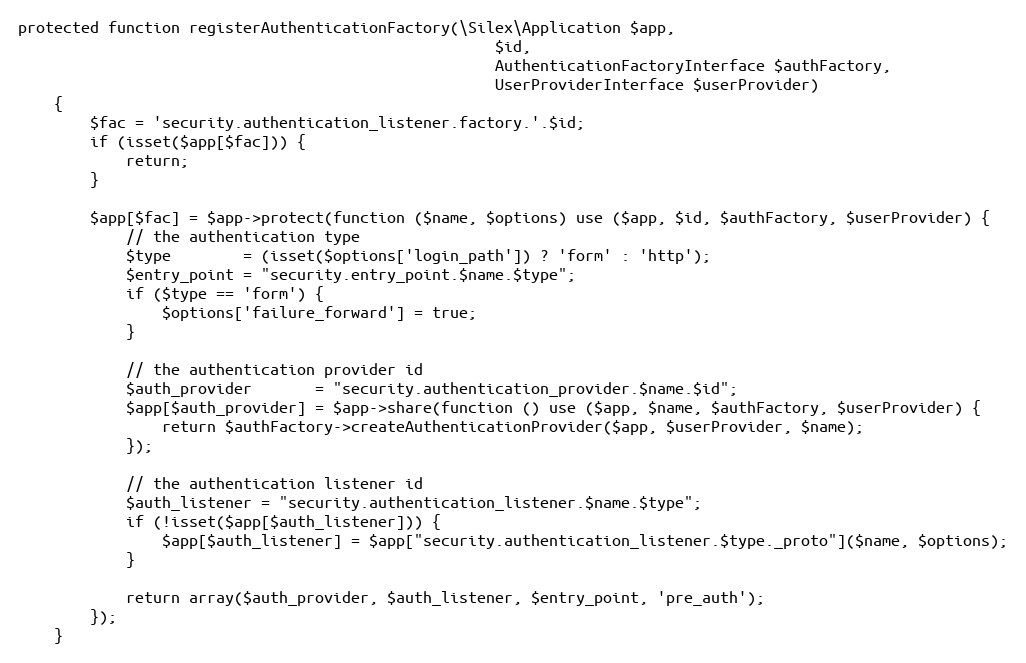
Language: PHP
protected function registerAuthenticationFactory(\Silex\Application $app,
                                                     $id,
                                                     AuthenticationFactoryInterface $authFactory,
                                                     UserProviderInterface $userProvider)
    {
        $fac = 'security.authentication_listener.factory.'.$id;
        if (isset($app[$fac])) {
            return;
        }

        $app[$fac] = $app->protect(function ($name, $options) use ($app, $id, $authFactory, $userProvider) {
            // the authentication type
            $type        = (isset($options['login_path']) ? 'form' : 'http');
            $entry_point = "security.entry_point.$name.$type";
            if ($type == 'form') {
                $options['failure_forward'] = true;
            }

            // the authentication provider id
            $auth_provider       = "security.authentication_provider.$name.$id";
            $app[$auth_provider] = $app->share(function () use ($app, $name, $authFactory, $userProvider) {
                return $authFactory->createAuthenticationProvider($app, $userProvider, $name);
            });

            // the authentication listener id
            $auth_listener = "security.authentication_listener.$name.$type";
            if (!isset($app[$auth_listener])) {
                $app[$auth_listener] = $app["security.authentication_listener.$type._proto"]($name, $options);
            }

            return array($auth_provider, $auth_listener, $entry_point, 'pre_auth');
        });
    }